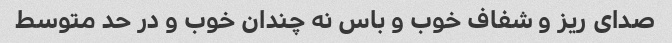
صدای ریز و شفاف خوب و باس نه چندان خوب و در حد متوسط